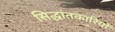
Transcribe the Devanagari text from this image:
सिद्धांतकारियों